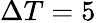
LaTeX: \Delta T=5